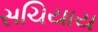
સચિયાય